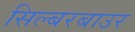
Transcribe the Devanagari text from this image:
सिल्बरबाउर